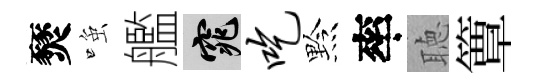
燹𫪻艦窕吃黔率聴簟